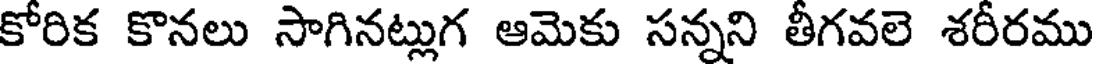
కోరిక కొనలు సాగినట్లుగ ఆమెకు సన్నని తీగవలె శరీరము